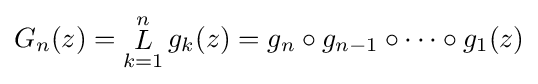
G_{n}(z)={\underset {k=1}{\overset {n}{\mathop {L} }}}\,g_{k}(z)=g_{n}\circ g_{n-1}\circ \cdots \circ g_{1}(z)